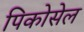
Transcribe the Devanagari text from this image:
पिकोसेल